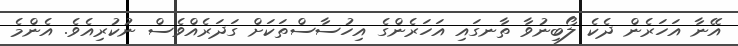
އޭނާ އަހަރެން ދެކެ ލޯބިނުވާ ތާނގައި އަހަރެންގެ އިހުސާސްތަކަށް ގަދަރެއްވެސް ނުކުރިއެވެ. އެންމެ